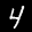
Label: 4